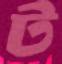
ট